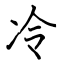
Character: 冷